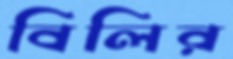
বিলির